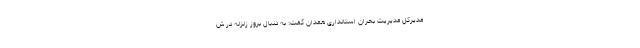
مدیرکل مدیریت بحران استانداری همدان گفت: به دنبال بروز زلزله در ش